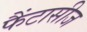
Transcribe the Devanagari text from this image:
फैंटासीज